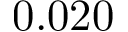
0 . 0 2 0